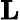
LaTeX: \mathbf{L}